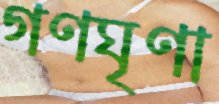
গণঘৃণা